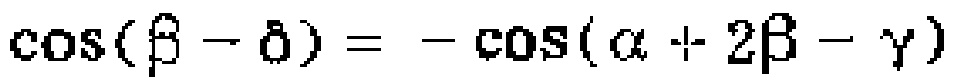
\(\cos(\beta - \delta)=-\cos(\alpha + 2\beta - \gamma)\)